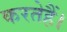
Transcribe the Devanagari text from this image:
करतेहैं।